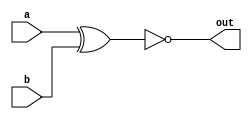
// https://hdlbits.01xz.net/wiki/Xnorgate

module top_module(
    input a,
    input b,
    output out );

    assign out = ~(a ^ b);
endmodule